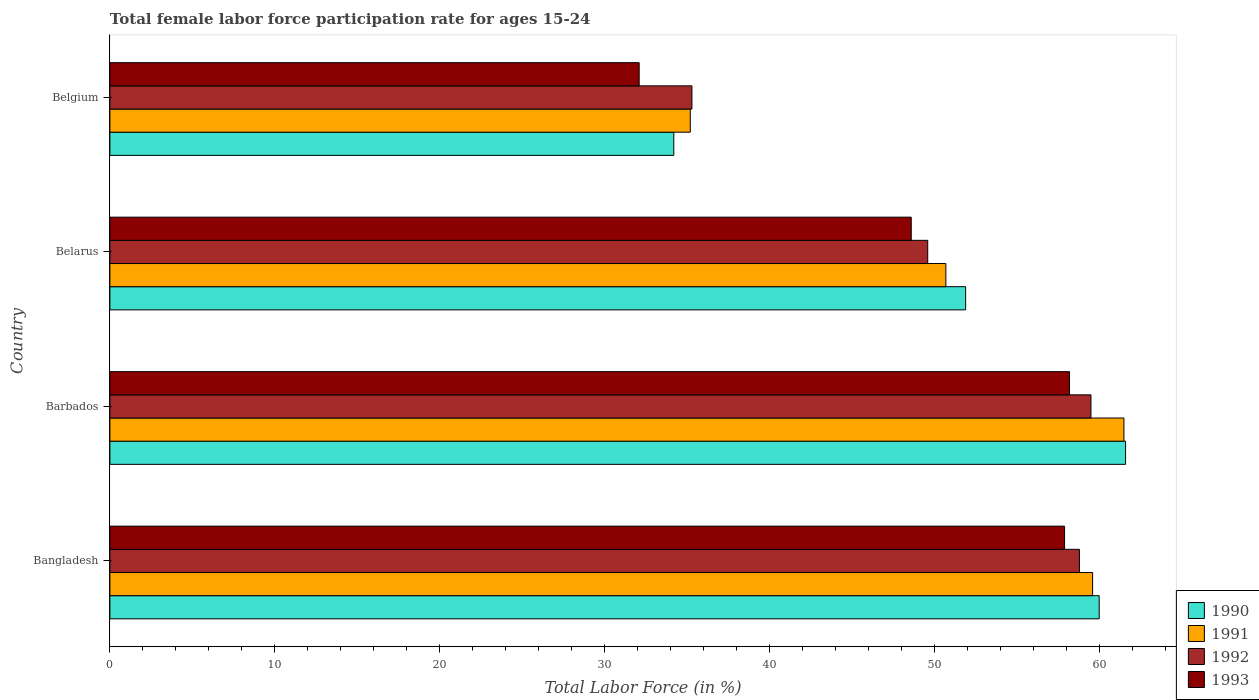
| Country | 1990 | 1991 | 1992 | 1993 |
 | --- | --- | --- | --- | --- |
 | Bangladesh | 60 | 59.6 | 58.8 | 57.9 |
 | Barbados | 61.6 | 61.5 | 59.5 | 58.2 |
 | Belarus | 51.9 | 50.7 | 49.6 | 48.6 |
 | Belgium | 34.2 | 35.2 | 35.3 | 32.1 |